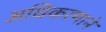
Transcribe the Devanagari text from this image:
अधिकरणाने